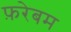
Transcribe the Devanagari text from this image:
फ़रेबम